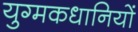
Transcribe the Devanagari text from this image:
युग्मकधानियों